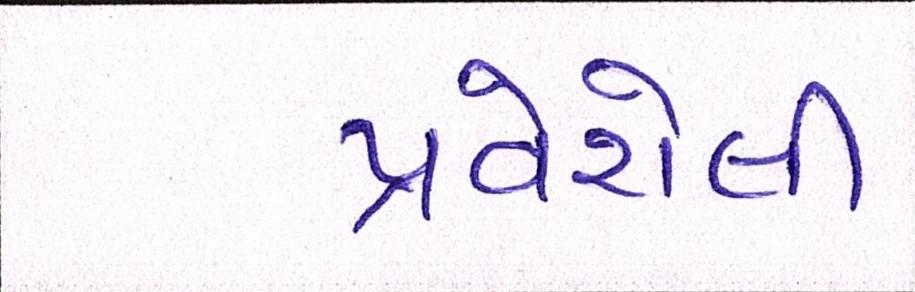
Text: પ્રવેશેલી